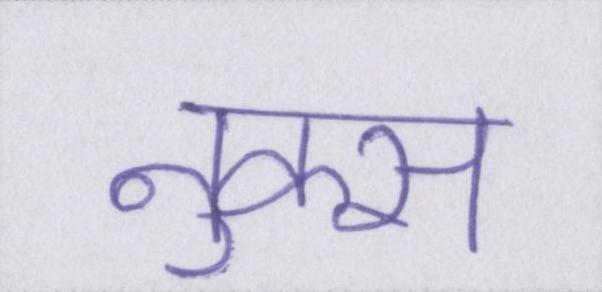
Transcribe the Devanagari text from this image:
नुक्स